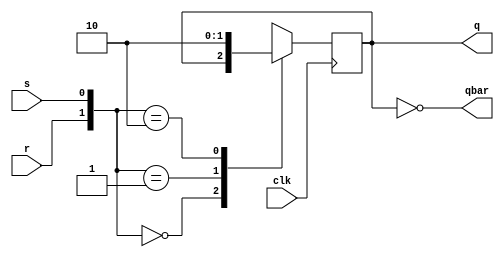
module rsFlip(clk,r,s,q,qbar);
input clk,r,s;
output reg q;
output wire qbar;
assign qbar = ~q;
always @ (negedge clk) begin
     case ({r,s})
         2'b00 : q <= q;
         2'b01 : q <= 1'b1;
         2'b10 : q <= 1'b0;
         default : q <= 1'bx;
     endcase
end
endmodule